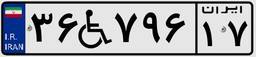
۳۶W۷۹۶۱۷